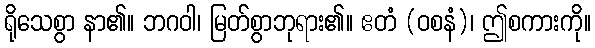
ရိုသေစွာ နာ၏။ ဘဂဝါ၊ မြတ်စွာဘုရား၏။ ဧတံ (ဝစနံ)၊ ဤစကားကို။